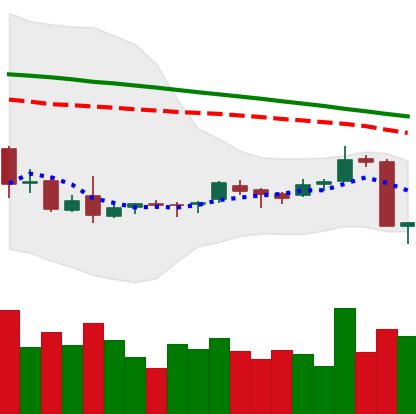
Ticker: ETC-USD
Chart end date: 2018-09-06
Forward return: -5.532%
Label: down_5_7